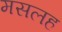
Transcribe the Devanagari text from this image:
मसलह